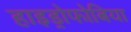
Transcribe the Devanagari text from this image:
हाइड्रोफोबिया